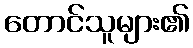
တောင်သူများ၏